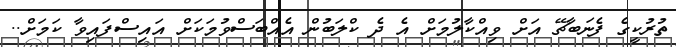
ތުރުކީގެ ފެނަބާޗޭ އަށް ވިއްކާލުމަށް އެ ދެ ކްލަބުން އެއްބަސްވުމަކަށް އައިސްފައިވާ ކަމަށް..